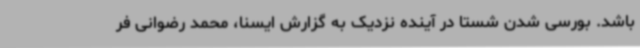
باشد. بورسی شدن شستا در آینده نزدیک به گزارش ایسنا، محمد رضوانی فر